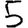
Digit: 5